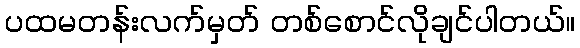
ပထမတန်းလက်မှတ် တစ်စောင်လိုချင်ပါတယ်။